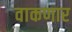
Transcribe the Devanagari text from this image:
वाकणार